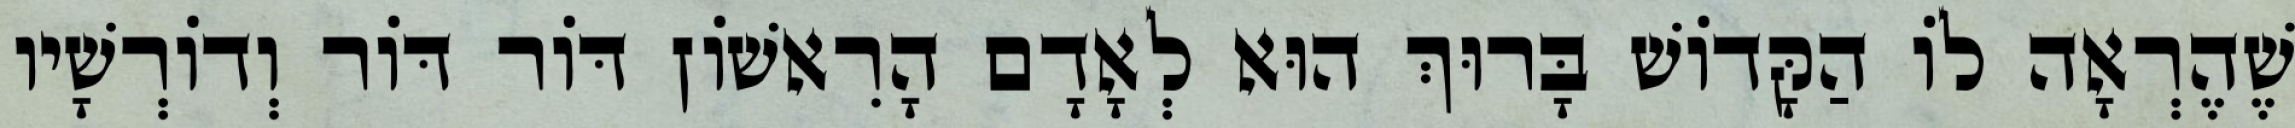
שֶׁהֶרְאָה לוֹ הַקָּדוֹשׁ בָּרוּךְ הוּא לְאָדָם הָרִאשׁוֹן דּוֹר דּוֹר וְדוֹרְשָׁיו